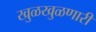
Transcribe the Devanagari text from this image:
खुळखुळणारी